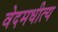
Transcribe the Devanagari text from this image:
वेदमधीत्य